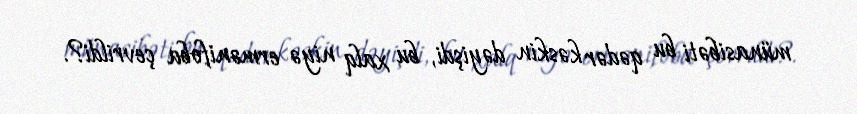
münasibəti bu qədər kəskin dəyişdi, bu xalq niyə ermənifoba çevrildi?.